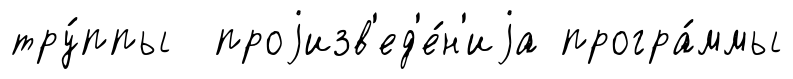
тру́ппы проjизв'ед'е́н'иjа програ́ммы